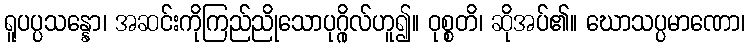
ရူပပ္ပသန္နော၊ အဆင်းကိုကြည်ညိုသောပုဂ္ဂိုလ်ဟူ၍။ ဝုစ္စတိ၊ ဆိုအပ်၏။ ဃောသပ္ပမာဏော၊